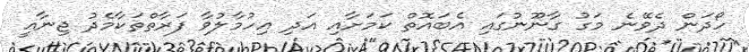
ހޯދަން ދެވޭނެ މަގު ގާނޫނުގައި އެބައޮތް ކަމަށާއި އަދި އިހުމާލުވާ ފަރާތްތަކާމެދު ޖިނާއީ